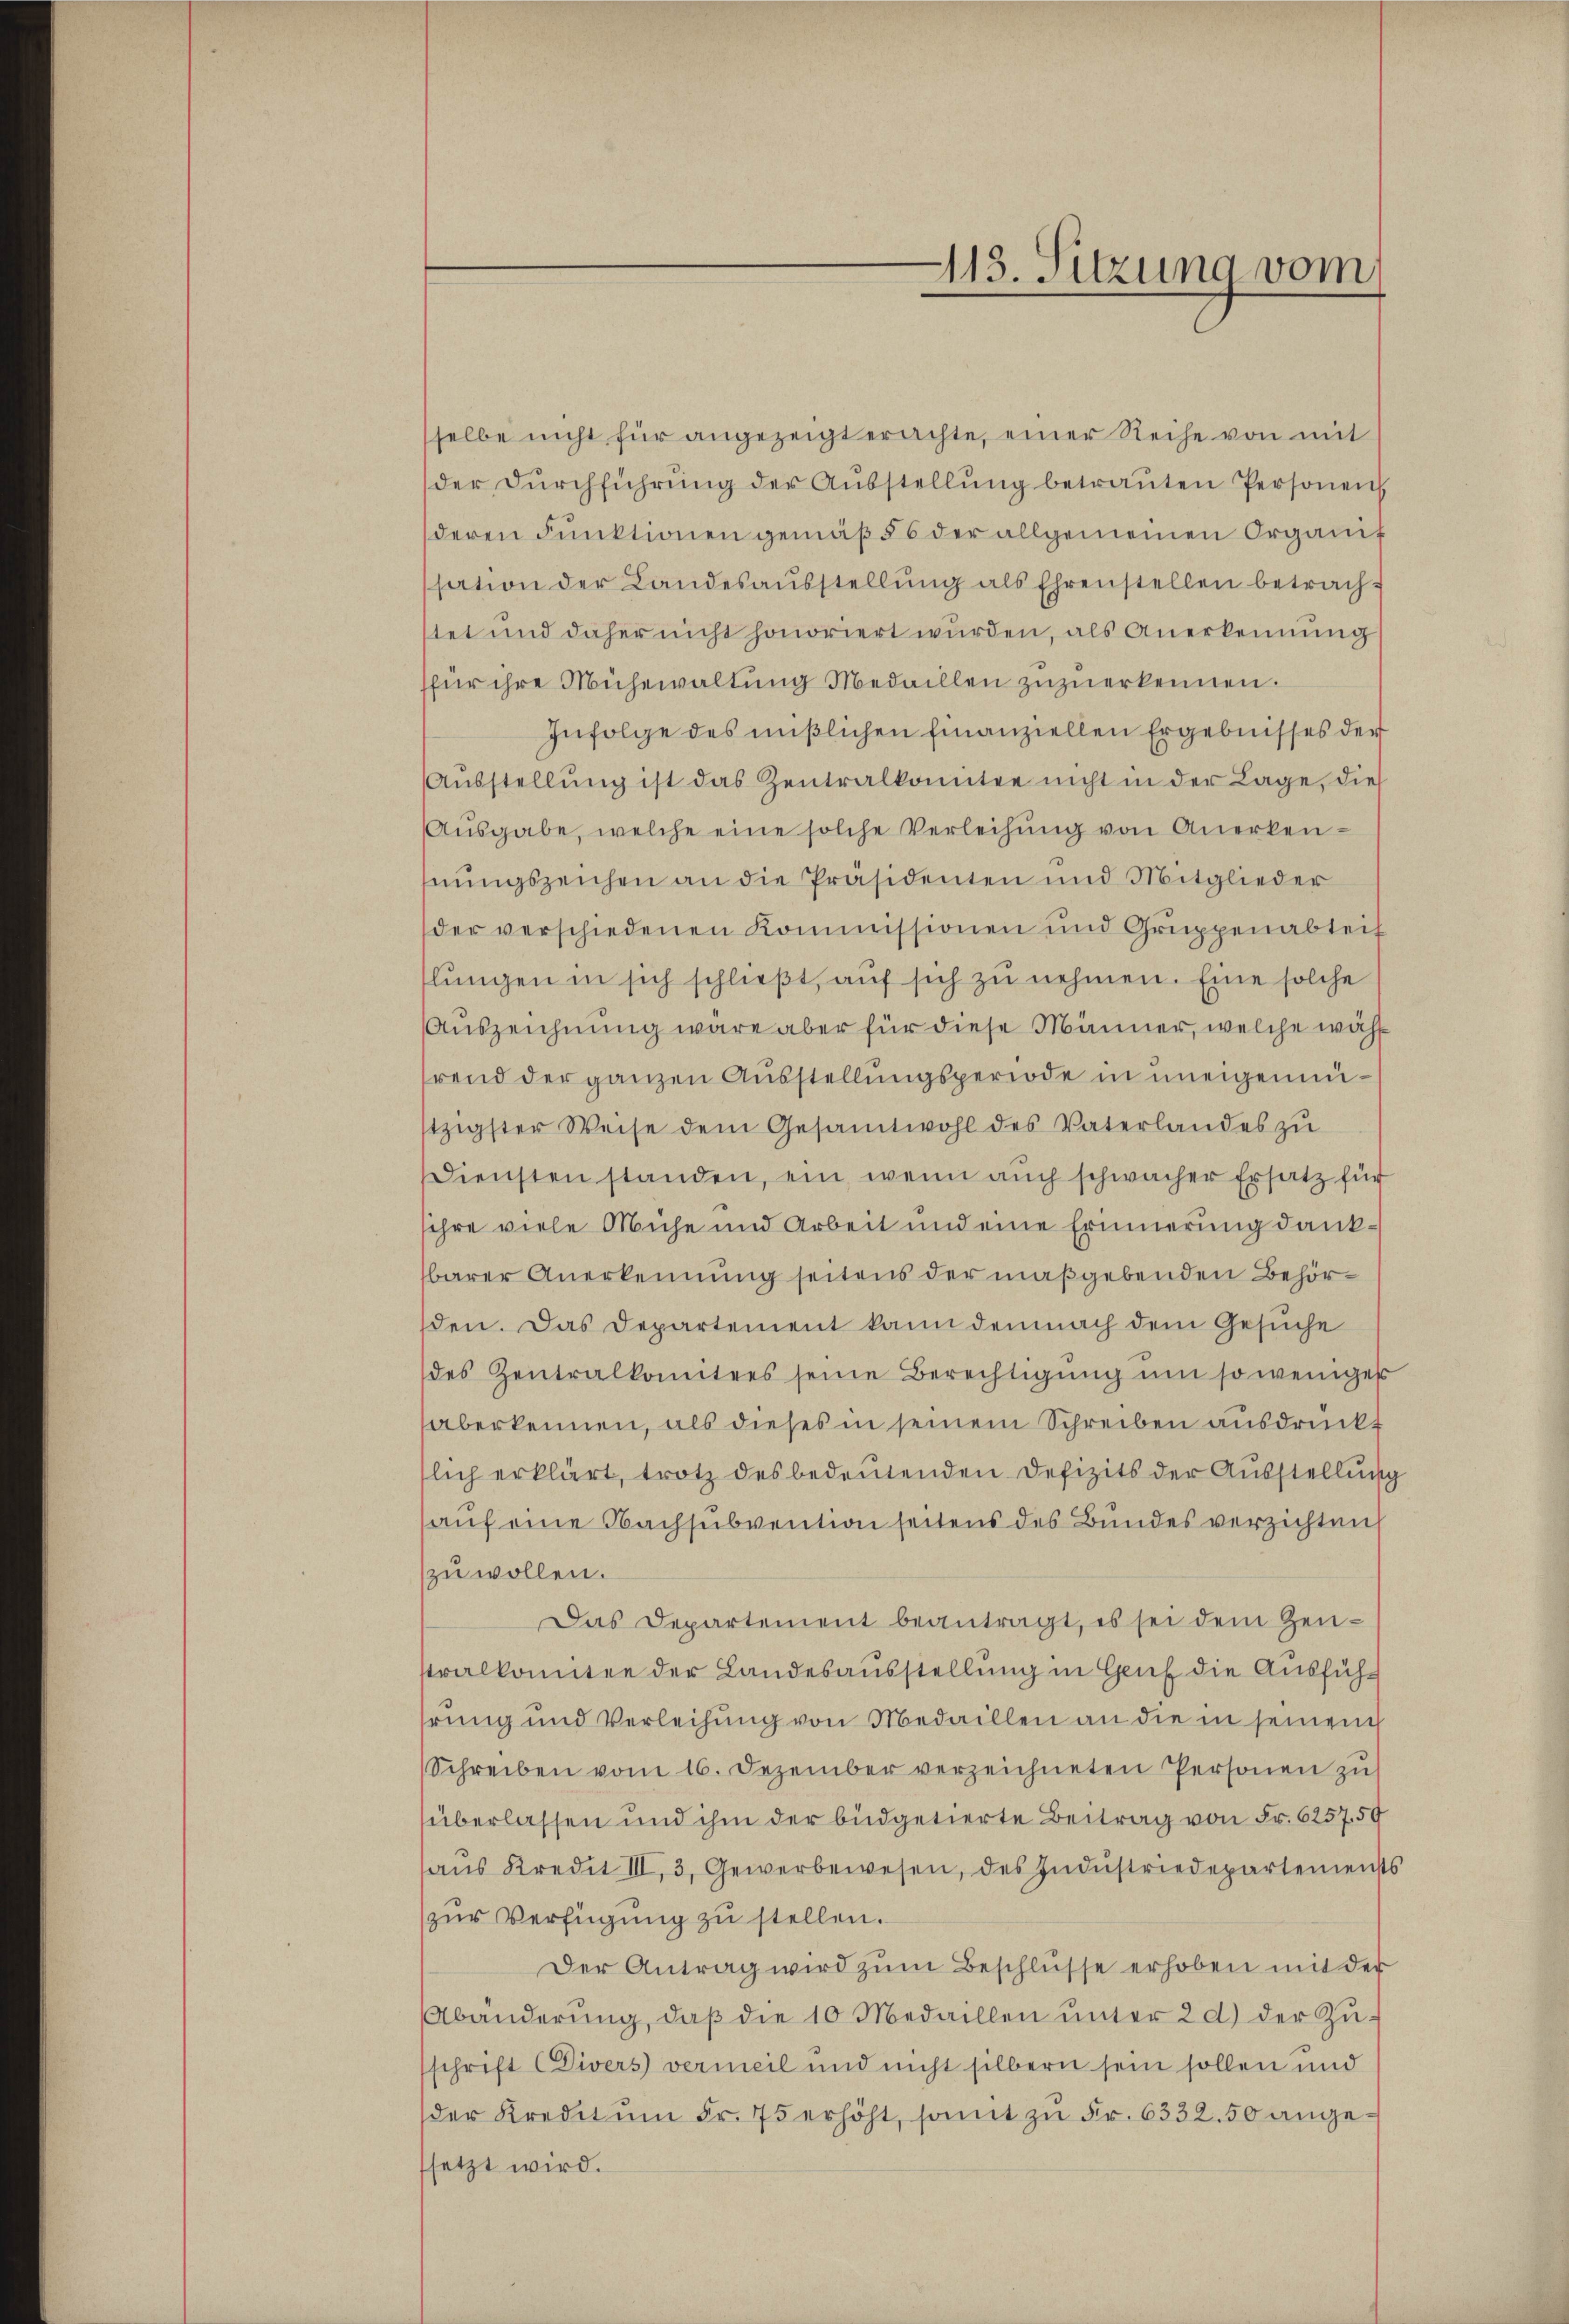
113. Sitzung vom

sselbe nicht für angezeigt erachte, einer Reihe von mit
der Dŭrchführŭng der Aŭsstellŭng betraŭten Personen
deren Funktionen gemäβ § 6 der allgemeinen Organis
sation der Landesaŭsstellŭng als Ehrenstellen betrach f
stet und daher nicht honoriert wurden, als Anerkennung
(für ihre Mühewaltŭng Medaillen zuzuerkennen.
Infolge des mißlichen Finanziellen Ergebnisses der
Aŭsstellŭng ist das Zentralkomitee nicht in der Lage, die
Aŭsgabe, welche eine solche Verleihung von Anerkenhnŭngszeichen an die Präsidenten und Mitglieder
der verschiedenen Kommissionen und Gruppenabteil
lŭngen in sich schlieβt, aŭf sich zŭ nehmen. Eine solche
Auszeichnung wäre aber für diese Männer, welche wählrend der ganzen Ausstellungsperiode in uneigenmützigster Weise dem Gesamtwohl des Vaterlandes zŭ
Diensten standen, ein, wenn auch schwacher Ersatz für
sihre viele Mühe und Arbeit und eine Erinnerung dankbarer Anerkennung seitens der maßgebenden Behörden. Das Departement kann demnach dem Gesuche
des Zentralkomitees seine Berechtigŭng ŭm so weniger
aberkennen, als dieses in seinem Schreiben ausdrückt
lich erklärt, trotz des bedeutenden Defizits der Ausstellung
auf eine Nachsubvention seitens des Bundes verzichten
zu wollen.
Das Departement beantragt, es sei dem Zenstralkomitee der Landesausstellung in Genf die Ausfühhrung und Verleihung von Medaillen an die in seinem
Schreiben vom 16. Dezember verzeichneten Personen zu
(überlassen und ihm der büdgetierte Beitrag von Fr. 6257. 59
haŭs Kredit III. 3, Gewerbewesen, des Indŭstriedepartements
zŭr Verfügung zu stellen.
Der Antrag wird zŭm Beschlŭsse erhoben mit der
Abänderŭng, daβ die 10 Medaillen ŭnter 2 d) der Zŭ-
schrift Divers vermeil und nicht silbern sein sollen und
der Kredit ŭm Fr. 75 erhöht, somit zŭ Fr. 6332.50 angesetzt wird.